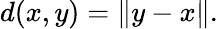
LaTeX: d(x,y)=\| y-x\| .